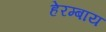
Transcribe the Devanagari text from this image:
हेरम्बाय